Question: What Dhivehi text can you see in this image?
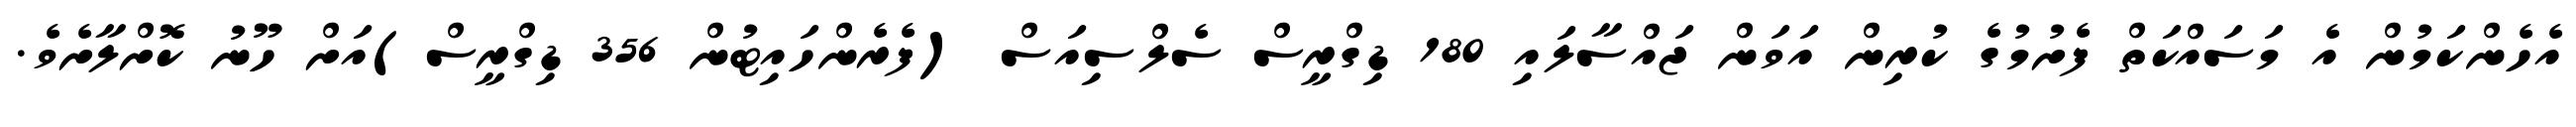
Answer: އެހެންކަމުން އެ މަސައްކަތް ފެށުމުގެ ކުރިން އަވަން ޖައްސާލައި 180 ޑިގްރީސް ސެލްސިއަސް (ފެރެންހައިޓުން 356 ޑިގްރީސް)އަށް ހޫނު ކޮށްލާށެވެ.